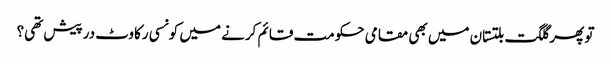
تو پھر گلگت بلتستان میں بھی مقامی حکومت قائم کرنے میں کونسی رکاوٹ درپیش تھی؟